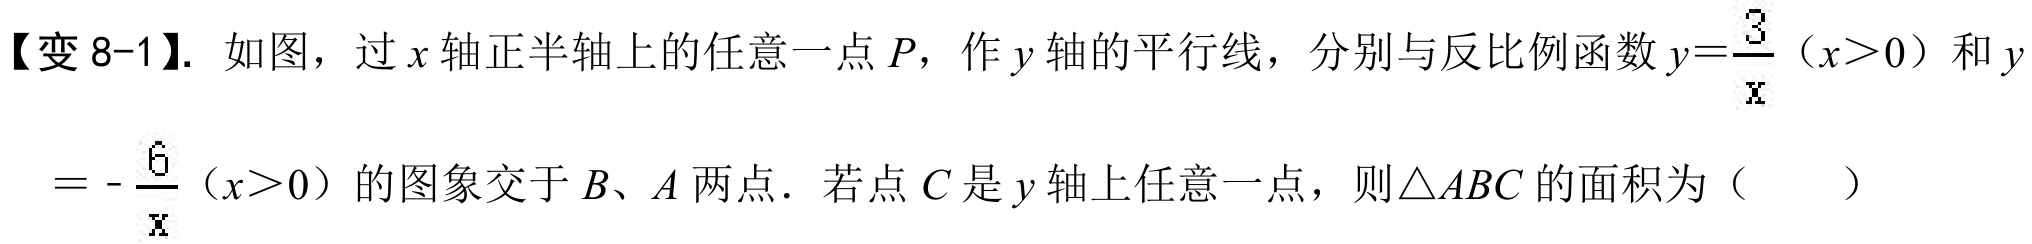
【变8-1】. 如图，过\(x\)轴正半轴上的任意一点\(P\)，作\(y\)轴的平行线，分别与反比例函数\(y = \frac{3}{x}(x>0)\)和\(y=-\frac{6}{x}(x > 0)\)的图象交于\(B、A\)两点．若点\(C\)是\(y\)轴上任意一点，则\(\triangle ABC\)的面积为（  ）